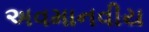
અવમાનવીય